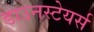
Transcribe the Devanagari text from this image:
डाउनस्टेयर्स